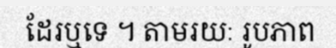
ដែរឬទេ ។ តាមរយៈ រូបភាព